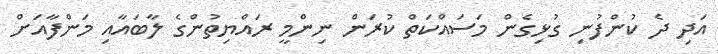
އަދި ދެ ކުންފުނި ގުޅިގެން މަސައްކަތް ކުރަން ނިންމީ ރައްޔިތުންގެ ލާބައާއި މަންފާއަށް